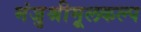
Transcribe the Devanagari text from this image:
मंजुश्रीमूलकल्प